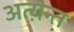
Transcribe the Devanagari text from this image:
अत्य़न्त